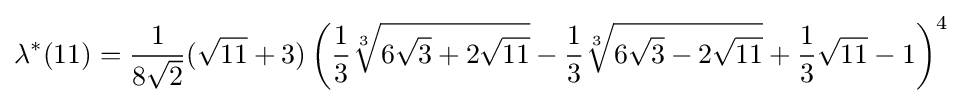
\lambda ^{*}(11)={\frac {1}{8{\sqrt {2}}}}({\sqrt {11}}+3)\left({\frac {1}{3}}{\sqrt[{3}]{6{\sqrt {3}}+2{\sqrt {11}}}}-{\frac {1}{3}}{\sqrt[{3}]{6{\sqrt {3}}-2{\sqrt {11}}}}+{\frac {1}{3}}{\sqrt {11}}-1\right)^{4}